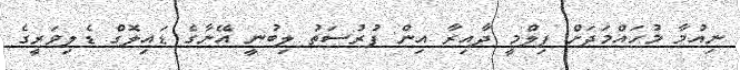
ނިއުމާ މުހައްމަދަށް ފިލްމީ ދާއިރާ އިން ފުރުސަތު ލިބުނީ އޭނާގެ ޑައިލޮގް ޑެލިވަރީގެ